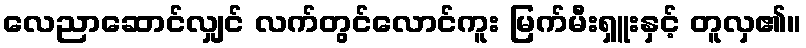
လေညာဆောင်လျှင် လက်တွင်လောင်ကူး မြက်မီးရှူးနှင့် တူလှ၏။